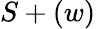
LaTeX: S+(w)